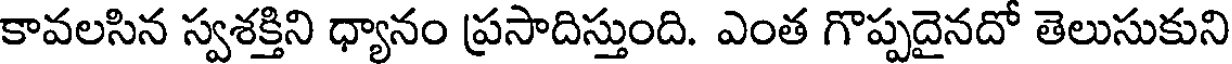
కావలసిన స్వశక్తిని ధ్యానం ప్రసాదిస్తుంది. ఎంత గొప్పదైనదో తెలుసుకుని